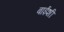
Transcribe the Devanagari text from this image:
बाईशी